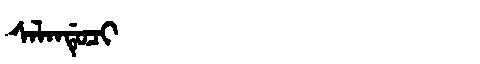
Manchu: ᠰᠠᠯᠠᠨᡩᡠᠴᡳ
Romanization: SALANDUCI